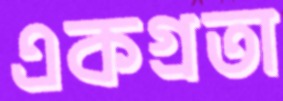
একগ্রতা